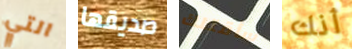
التي صديقها سأقتلك أنك